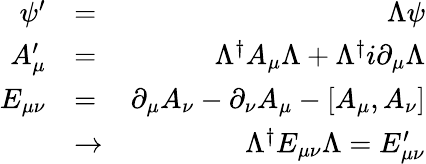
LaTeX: \begin{array}{rlr}{\psi^{\prime}}&{=}&{\Lambda\psi}\\ {A_{\mu}^{\prime}}&{=}&{\Lambda^{\dagger}A_{\mu}\Lambda+\Lambda^{\dagger}i\partial_{\mu}\Lambda}\\ {E_{\mu\nu}}&{=}&{\partial_{\mu}A_{\nu}-\partial_{\nu}A_{\mu}-[A_{\mu},A_{\nu}]}\\ &{\to}&{\Lambda^{\dagger}E_{\mu\nu}\Lambda=E_{\mu\nu}^{\prime}}\end{array}